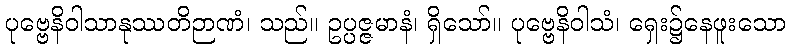
ပုဗ္ဗေနိဝါသာနုဿတိဉာဏံ၊ သည်။ ဥပ္ပဇ္ဇမာနံ၊ ရှိသော်။ ပုဗ္ဗေနိဝါသံ၊ ရှေး၌နေဖူးသော